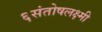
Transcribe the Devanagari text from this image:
६संतोषलक्ष्मी